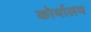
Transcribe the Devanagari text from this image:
कोर्यालय